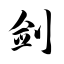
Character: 剑